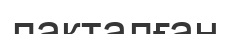
лакталған